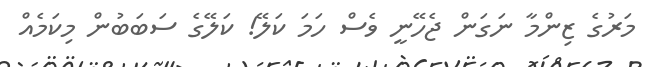
މަރުގެ ޒިންމާ ނަގަން ޖެހޭނީ ވެސް ހަމަ ކަލޭ! ކަލޭގެ ސަބަބުން މިކަމެއް